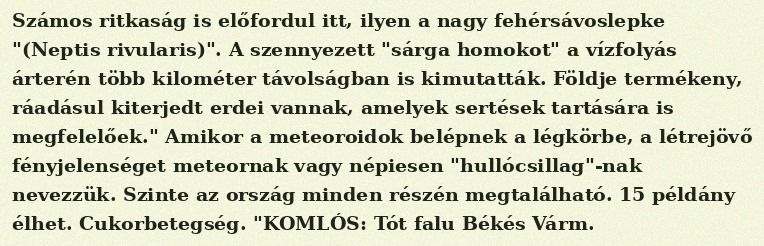
Számos ritkaság is előfordul itt, ilyen a nagy fehérsávoslepke "(Neptis rivularis)". A szennyezett "sárga homokot" a vízfolyás árterén több kilométer távolságban is kimutatták. Földje termékeny, ráadásul kiterjedt erdei vannak, amelyek sertések tartására is megfelelőek." Amikor a meteoroidok belépnek a légkörbe, a létrejövő fényjelenséget meteornak vagy népiesen "hullócsillag"-nak nevezzük. Szinte az ország minden részén megtalálható. 15 példány élhet. Cukorbetegség. "KOMLÓS: Tót falu Békés Várm.